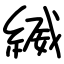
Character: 縅